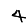
Digit: 4